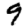
Digit: 9